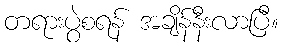
တရားပွဲစရန် အချိန်နီးလာပြီ။